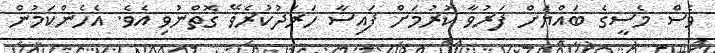
ވެސް މެސީގެ ބައްޔަށް ފަރުވާ ކުރުމަށް ފައިސާ ހަރަދުކުރެޥޭ ގޮތްނުވި އެވެ. އެހެންކަމުން